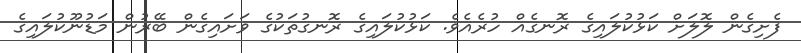
ފެށިގެން ލޮލަށް ކަޅުކުލައިގެ ރޮނގެއް ހުރެއެވެ. ކަޅުކުލައިގެ ރޮނގުތަކުގެ ވަށައިގެން ބޭރުން މަޑުނޫކުލައިގެ